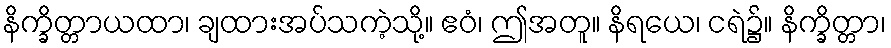
နိက္ခိတ္တာယထာ၊ ချထားအပ်သကဲ့သို့။ ဧဝံ၊ ဤအတူ။ နိရယေ၊ ငရဲ၌။ နိက္ခိတ္တာ၊